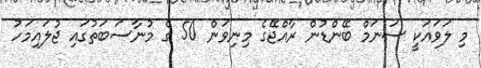
މި ލަވައަކީ ސަނަމް ބޭންޑުން ރާއްޖޭގެ މިނިވަން 50 ގެ މުނާސަބަތުގައި ޖުލައިމަހު